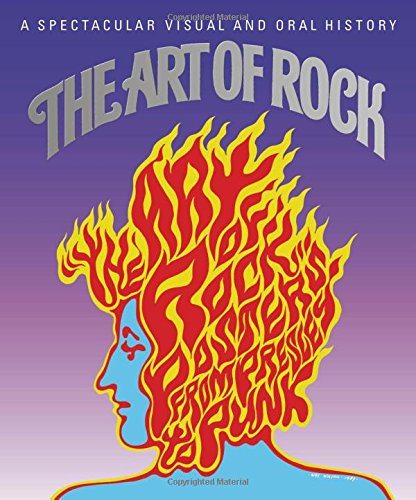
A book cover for The Art of Rock: Posters from Presley to Punk; Paul Grushkin; Crafts, Hobbies & Home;